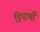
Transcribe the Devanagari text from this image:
त्रिपार्श्वों